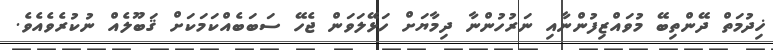
ޚިދުމަތް ދޭންތިބޭ މުވައްޒިފުންނާއި ނަރުހުންނާ ދިމާޔަށް ހަޅޭލަވަން ޖެހޭ ސަބަބެއްކަމަކަށް ޤަބޫލެއް ނުކުރެވެއެވެ.